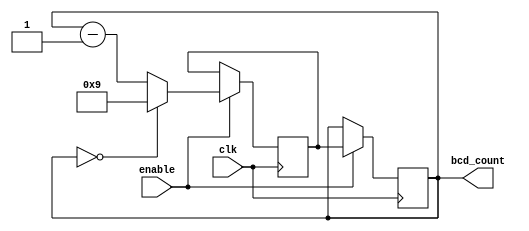
module BCD_Down_Counter (
    input wire clk,
    input wire enable,
    output reg [3:0] bcd_count
);

reg [3:0] bcd_next;

always @ (posedge clk) begin
    if (enable) begin
        if (bcd_count == 4'b0000) begin
            bcd_next <= 4'b1001;
        end else begin
            bcd_next <= bcd_count - 1;
        end
        bcd_count <= bcd_next;
    end
end

endmodule